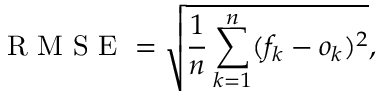
\mathrm { ~ R ~ M ~ S ~ E ~ } = \sqrt { \frac { 1 } { n } \sum _ { k = 1 } ^ { n } ( f _ { k } - o _ { k } ) ^ { 2 } } ,